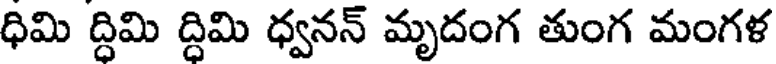
ధిమి ద్దిమి ద్దిమి ధ్వనన్ మృదంగ తుంగ మంగళ